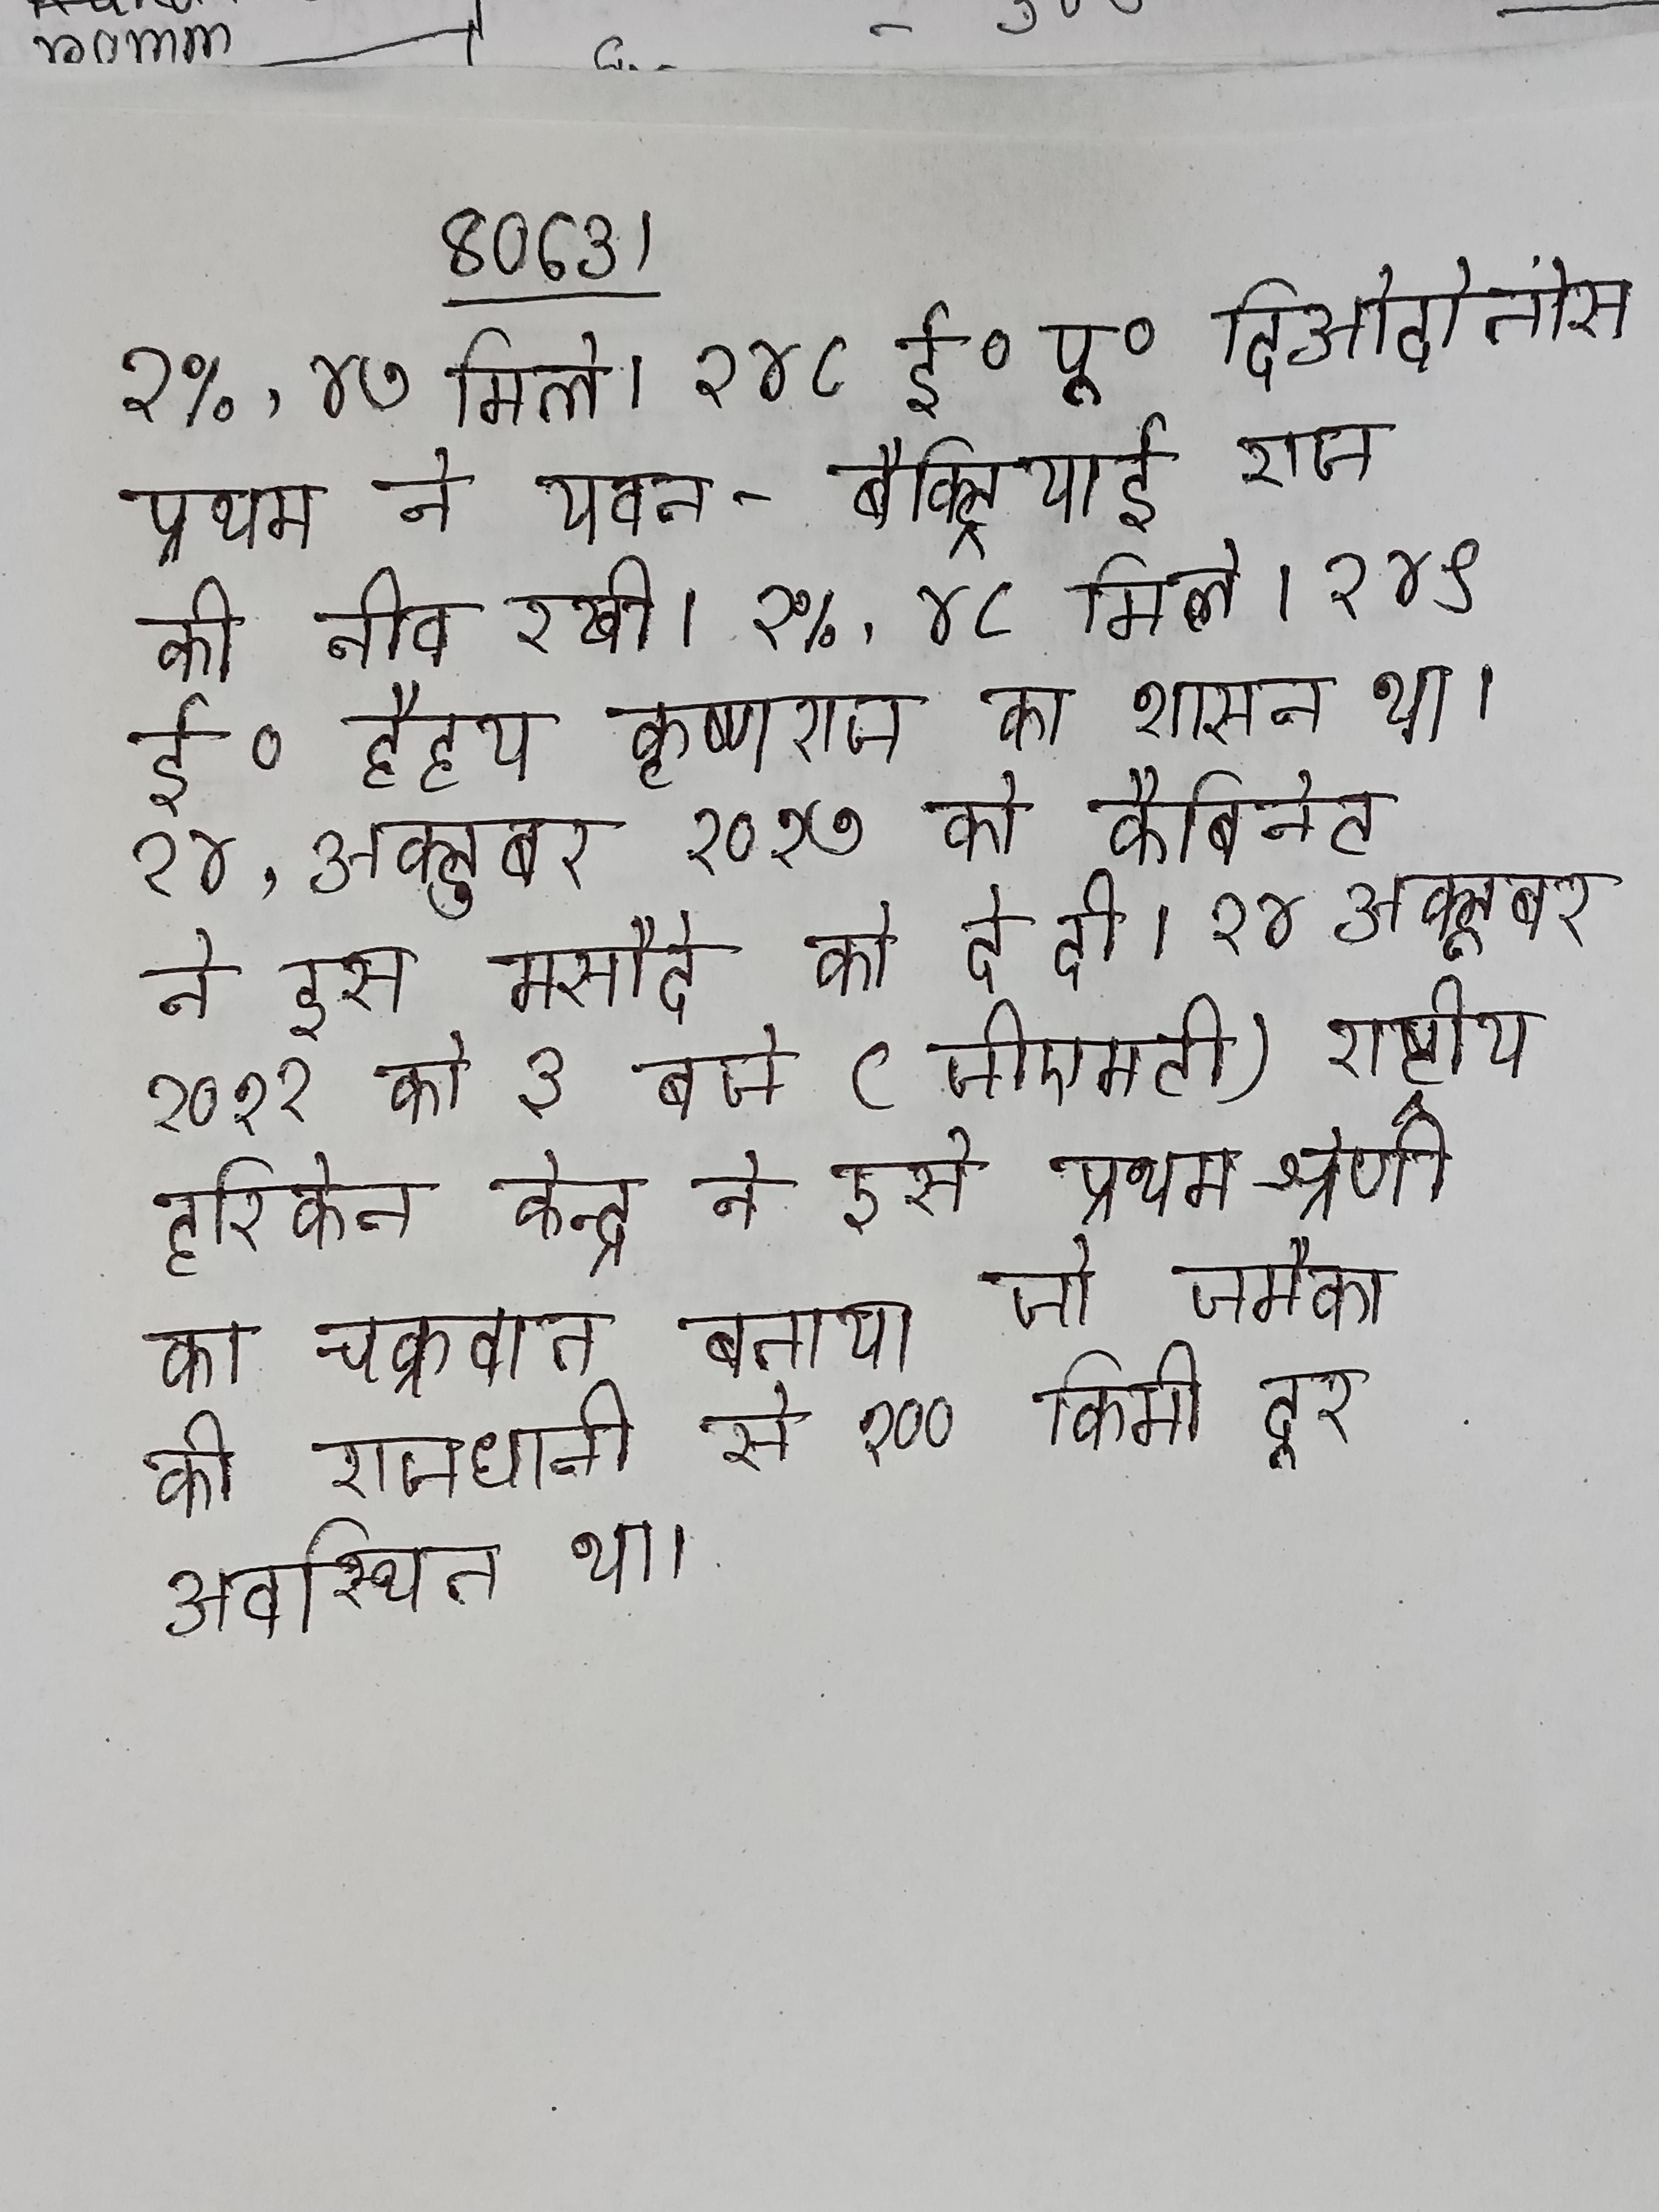
२%, ४७ मिले । २४८ ई॰पू॰ दिओदोतोस प्रथम ने यवन-बैक्ट्रियाई राज की नीव रखी । २%, ४८ मिले । २४९ ई॰ हैहय कृष्णराज का शासन था । २४, अक्टुबर २०१७ को कैबिनेट ने इस मसौदे को दे दी । २४ अक्टूबर २०१२ को ३ बजे (जीएमटी) राष्ट्रीय हरिकेन केन्द्र ने इसे प्रथम श्रेणी का चक्रवात बताया जो जमैका की राजधानी से १०० किमी दूर अवस्थित था ।